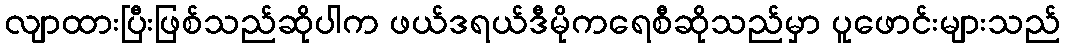
လျာထားပြီးဖြစ်သည်ဆိုပါက ဖယ်ဒရယ်ဒီမိုကရေစီဆိုသည်မှာ ပူဖောင်းများသည်